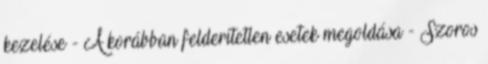
kezelése - A korábban felderítetlen esetek megoldása - Szoros